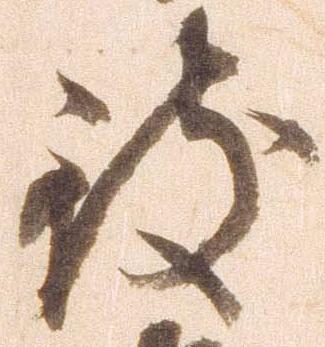
致